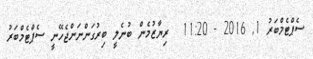
ސެޕްޓެމްބަރު 1